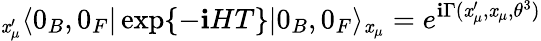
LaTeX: {}_{\mathit{x}_{\mu}^{\prime}}\langle0_{B},0_{F}|\exp\{ -\mathbf{i}HT\} |0_{B},0_{F}\rangle_{\mathit{x}_{\mu}}=e^{\mathbf{i}\Gamma(\mathit{x}_{\mu}^{\prime},\mathit{x}_{\mu},\theta^{3})}